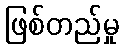
ဖြစ်တည်မှု